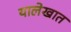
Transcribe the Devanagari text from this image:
यालेखात